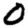
Digit: 0